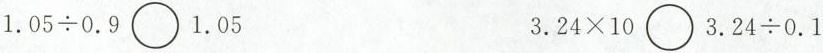
1.05\div0.9\bigcirc1.05 3.24\times10\bigcirc3.24\div0.1